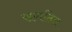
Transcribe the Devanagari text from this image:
सगठित